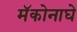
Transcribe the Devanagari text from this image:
मॅकोनाघे